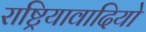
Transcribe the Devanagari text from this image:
राष्ट्रियावादियो